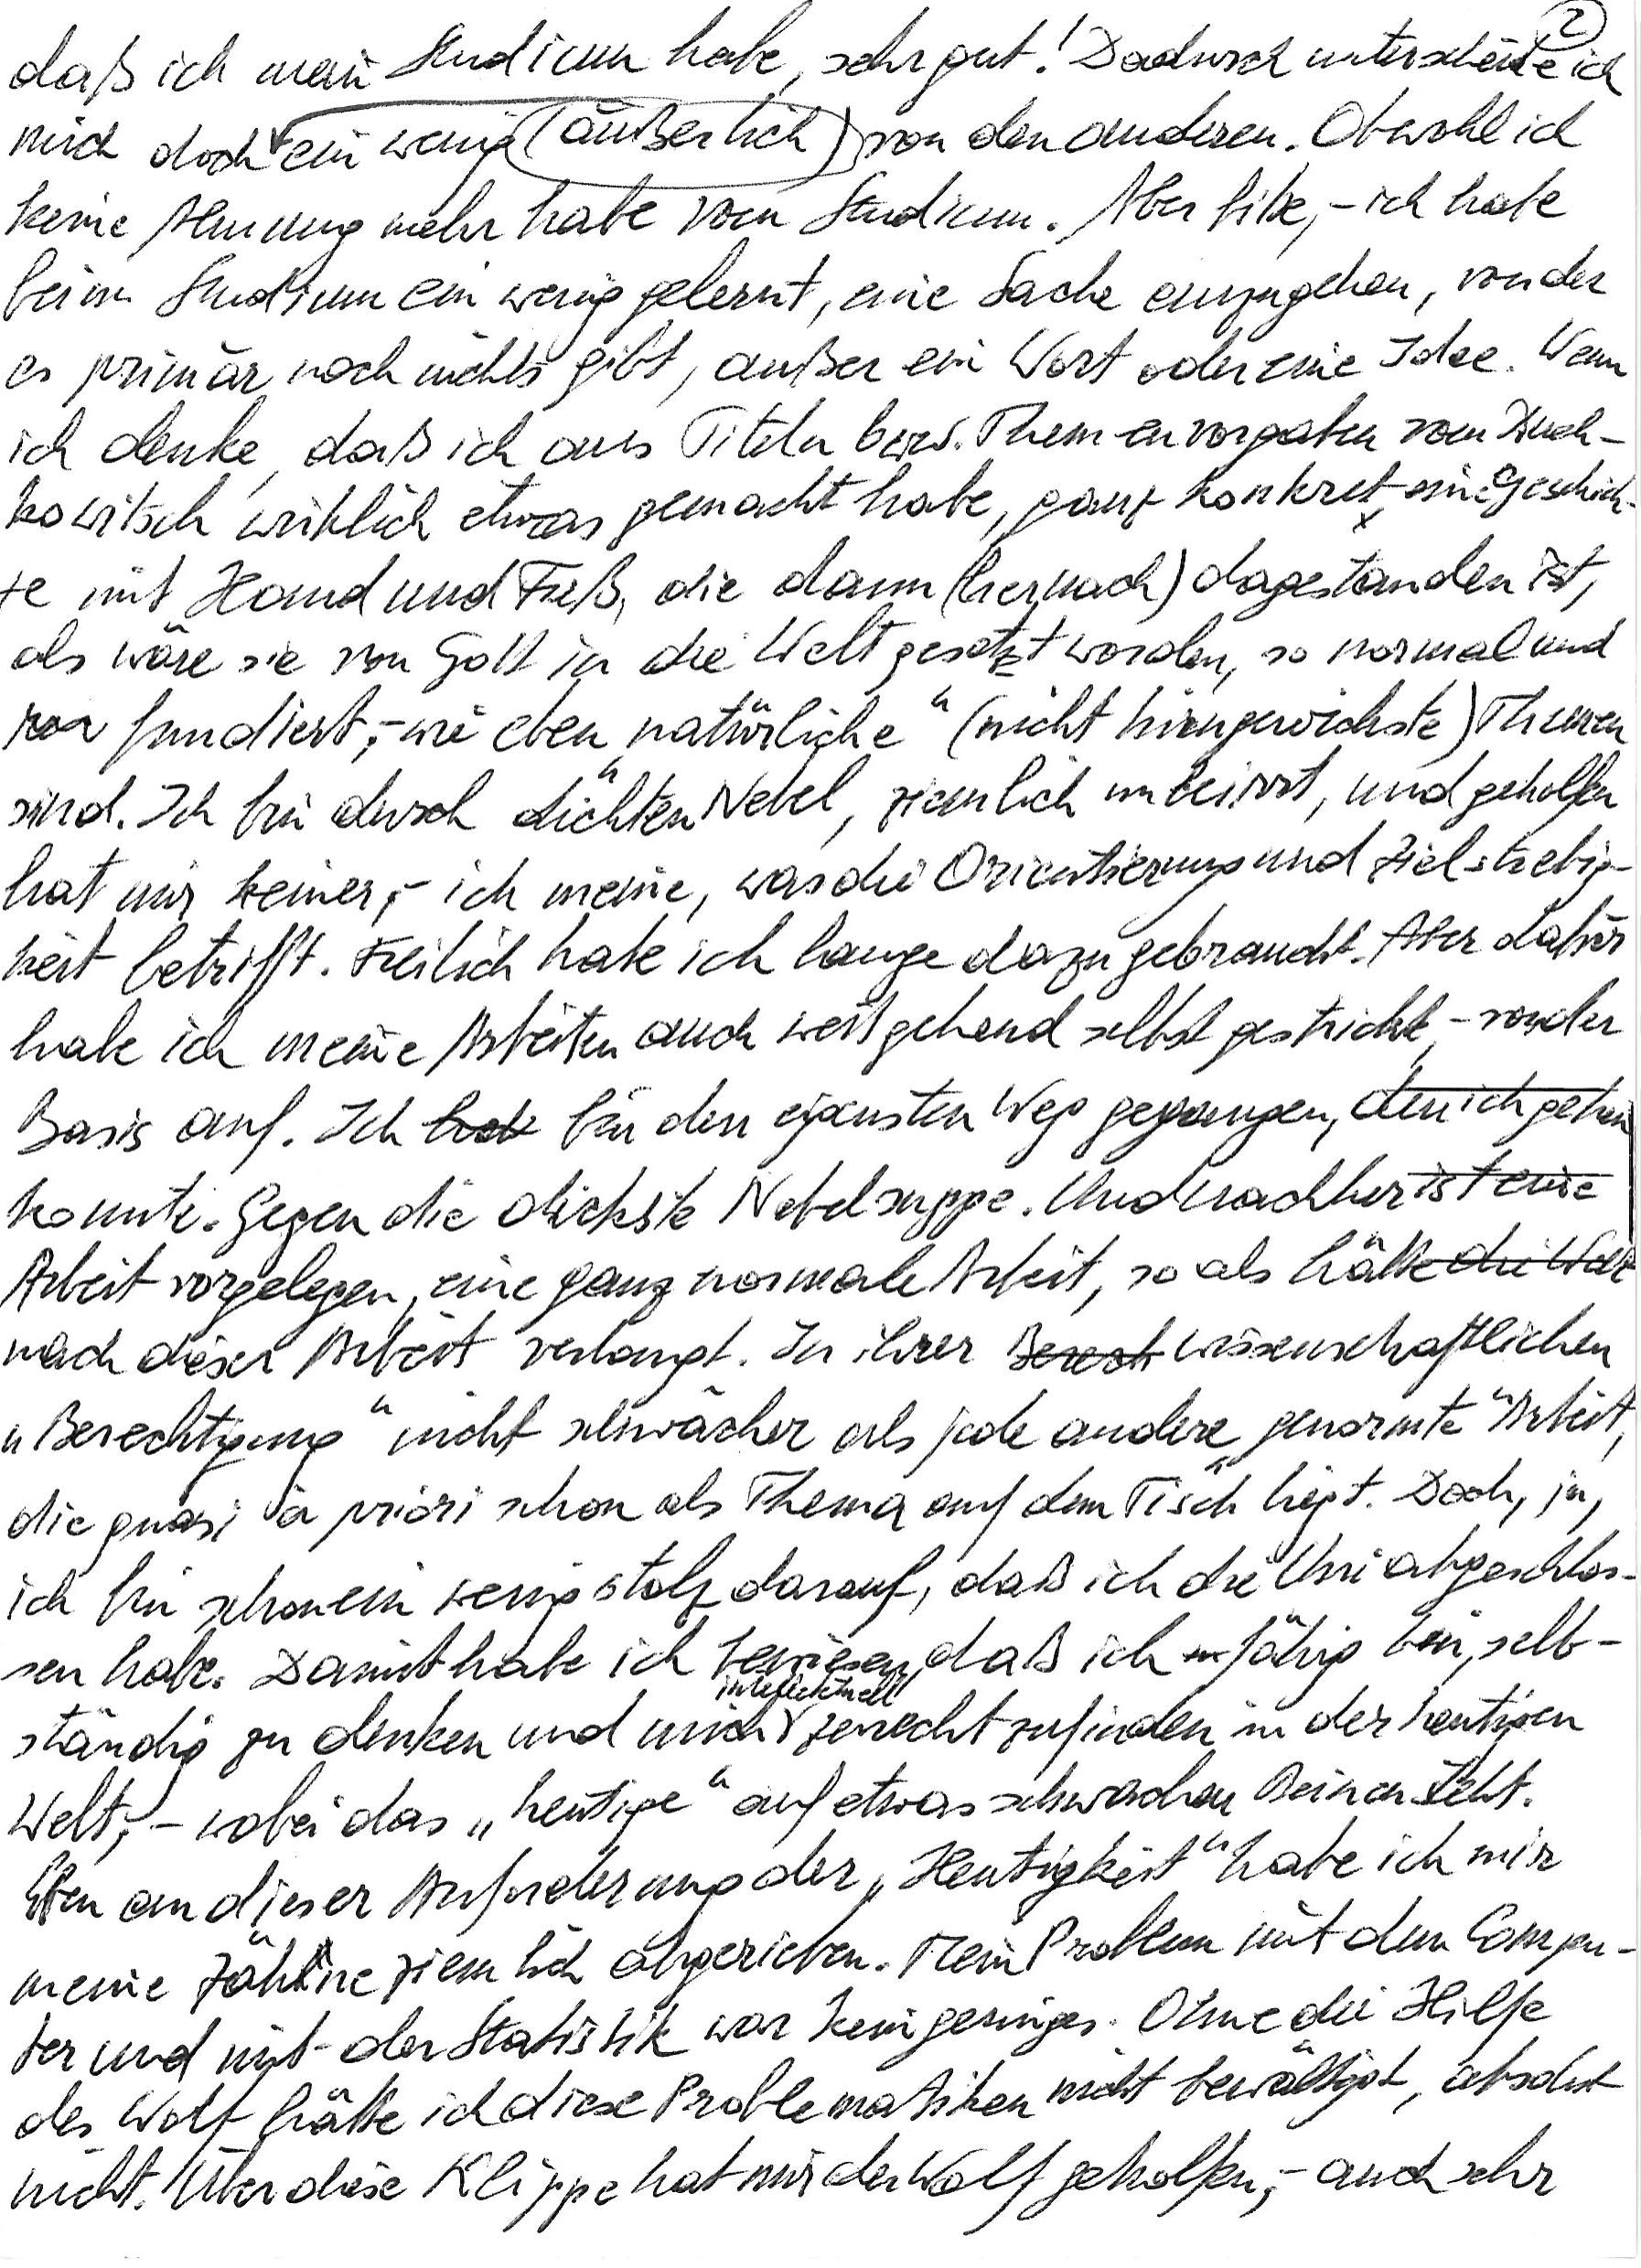
daß ich mein Studium habe, sehr gut! Dadurch unterscheide ich
mich doch (äußerlich) ein wenig von den anderen. Obwohl ich
keine Ahnung mehr habe vom Studium. Aber bitte, – ich habe
beim Studium ein wenig gelernt, eine Sache anzugehen, von der
es primär noch nichts gibt, außer ein Wort oder eine Idee. Wenn
ich denke, daß ich aus Titeln bzw. Themenvorgaben vom Duch-
kowitsch wirklich etwas gemacht habe, ganz konkret eine Geschich-
te mit Hand und Fuß, die dann (hernach) dagestanden ist,
als wäre sie von Gott in die Welt gesetzt worden, so normal und
fundiert, – wie eben „natürliche“ (nicht hirngewichste) Themen
sind. Ich bin durch dichten Nebel, ziemlich unbeirrt, und geholfen
hat mir keiner, – ich meine, was die Orientierung und Zielstrebig-
keit betrifft. Freilich habe ich lange dazu gebraucht. Aber dafür
habe ich meine Arbeiten auch weitgehend selbst gestrickt, – von der
Basis auf. Ich bin den eigensten Weg gegangen, den ich gehen
konnte. Gegen die dickste Nebelsuppe. Und nachher ist eine
Arbeit vorgelegen, eine ganz normale Arbeit, so als hätte die Welt
nach dieser Arbeit verlangt. In ihrer wissenschaftlichen
„Berechtigung“ nicht schwächer als jede andere „genormte“ Arbeit,
die quasi à priori schon als Thema auf dem Tisch liegt. Doch, ja,
ich bin schon ein wenig stolz darauf, daß ich die Uni abgeschlos-
sen habe. Damit habe ich bewiesen, daß ich fähig bin, selb-
ständig zu denken und mich intellektuell zurechtzufinden in der heutigen
Welt, – wobei das „heutige“ auf etwas schwachen Beinen steht.
Eben an dieser Anforderung der „Heutigkeit“ habe ich mir
meine Zähne ziemlich abgerieben. Mein Problem mit dem Compu-
ter und mit der Statistik war kein geringes. Ohne die Hilfe
des Wolf hätte ich diese Problematiken nicht bewältigt, absolut
nicht. Über diese Klippe hat mir der Wolf geholfen, – auch sehr